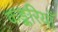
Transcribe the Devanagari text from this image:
कङ्करियाँ